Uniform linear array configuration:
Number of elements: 24
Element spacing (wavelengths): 0.75
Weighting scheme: binomial
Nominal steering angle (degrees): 15
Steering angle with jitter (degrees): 13.481
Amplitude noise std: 0.05
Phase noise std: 0.05

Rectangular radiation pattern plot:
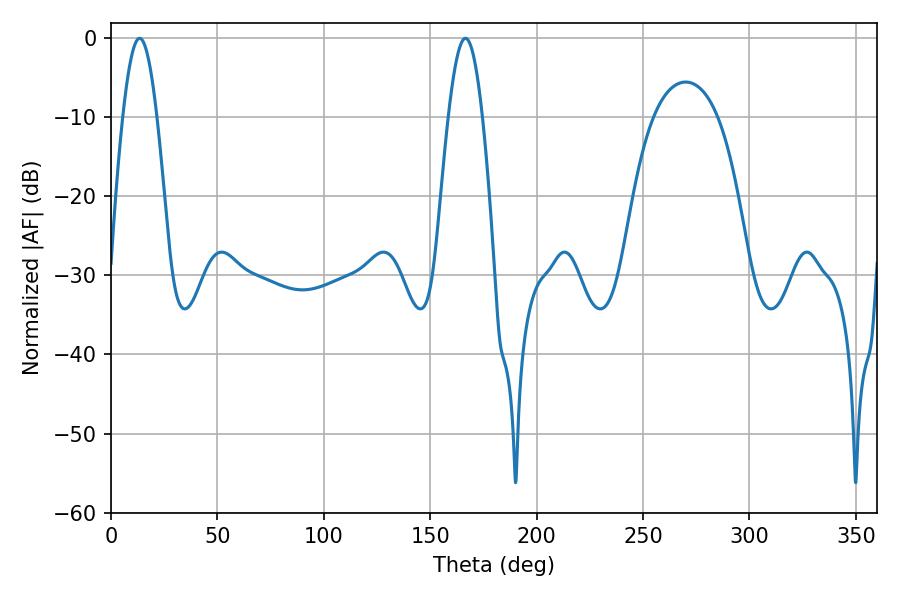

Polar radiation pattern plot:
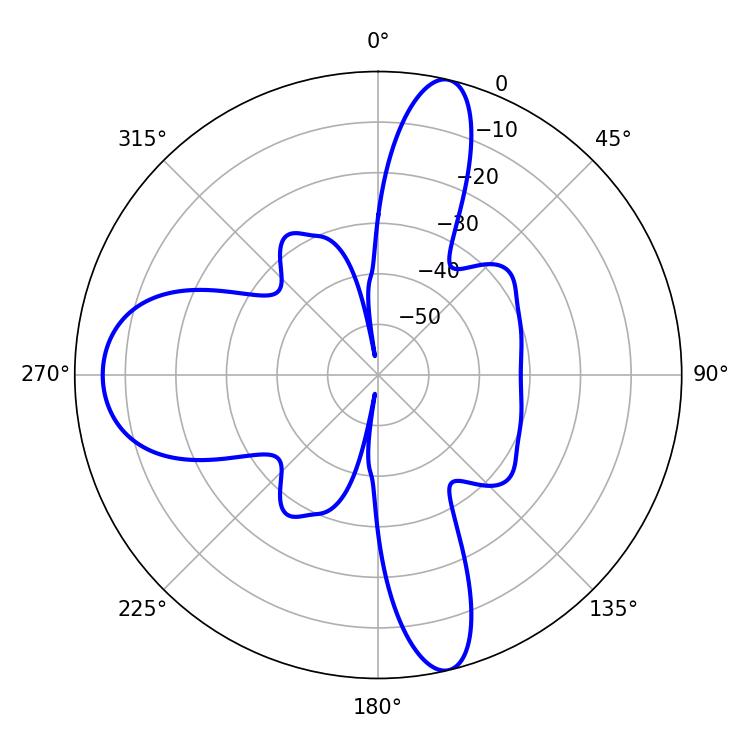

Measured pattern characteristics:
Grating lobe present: TRUE
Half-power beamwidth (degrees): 8.64
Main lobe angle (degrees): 13.5